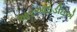
આરઆઇડીઇએ